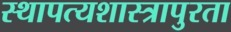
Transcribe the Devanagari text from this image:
स्थापत्यशास्त्रापुरता